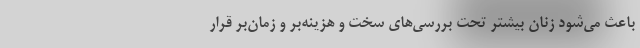
باعث می‌شود زنان بیشتر تحت بررسی‌های سخت و هزینه‌بر و زمان‌بر قرار